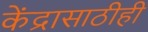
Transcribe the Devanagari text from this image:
केंद्रासाठीही